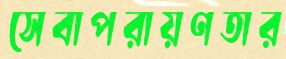
সেবাপরায়ণতার